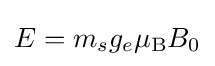
E=m_{s}g_{e}\mu _{\text{B}}B_{0}